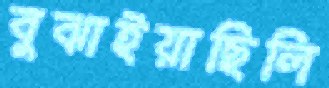
বুঝাইয়াছিলি